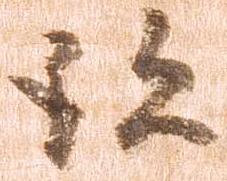
跡